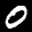
Label: 0